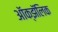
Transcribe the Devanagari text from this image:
ऑक्झॅलिक